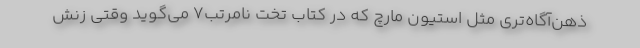
ذهن‌آگاه‌تری مثل استیون مارچ که در کتاب تخت نامرتب۷ می‌گوید وقتی زنش